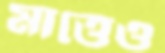
মাত্তেও